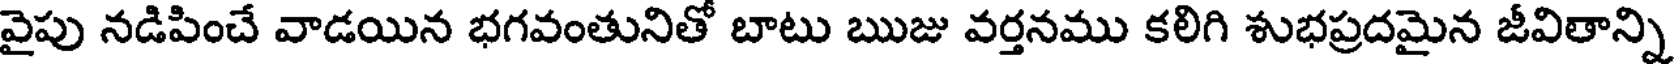
వైపు నడిపించే వాడయిన భగవంతునితో బాటు ఋజు వర్తనము కలిగి శుభప్రదమైన జీవితాన్ని